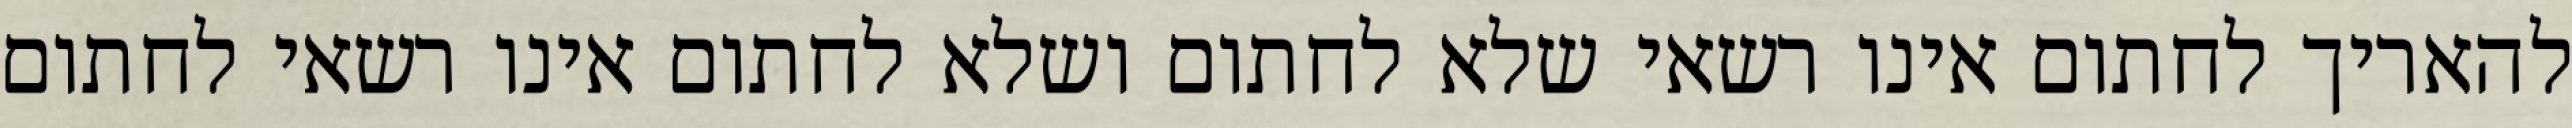
להאריך לחתום אינו רשאי שלא לחתום ושלא לחתום אינו רשאי לחתום